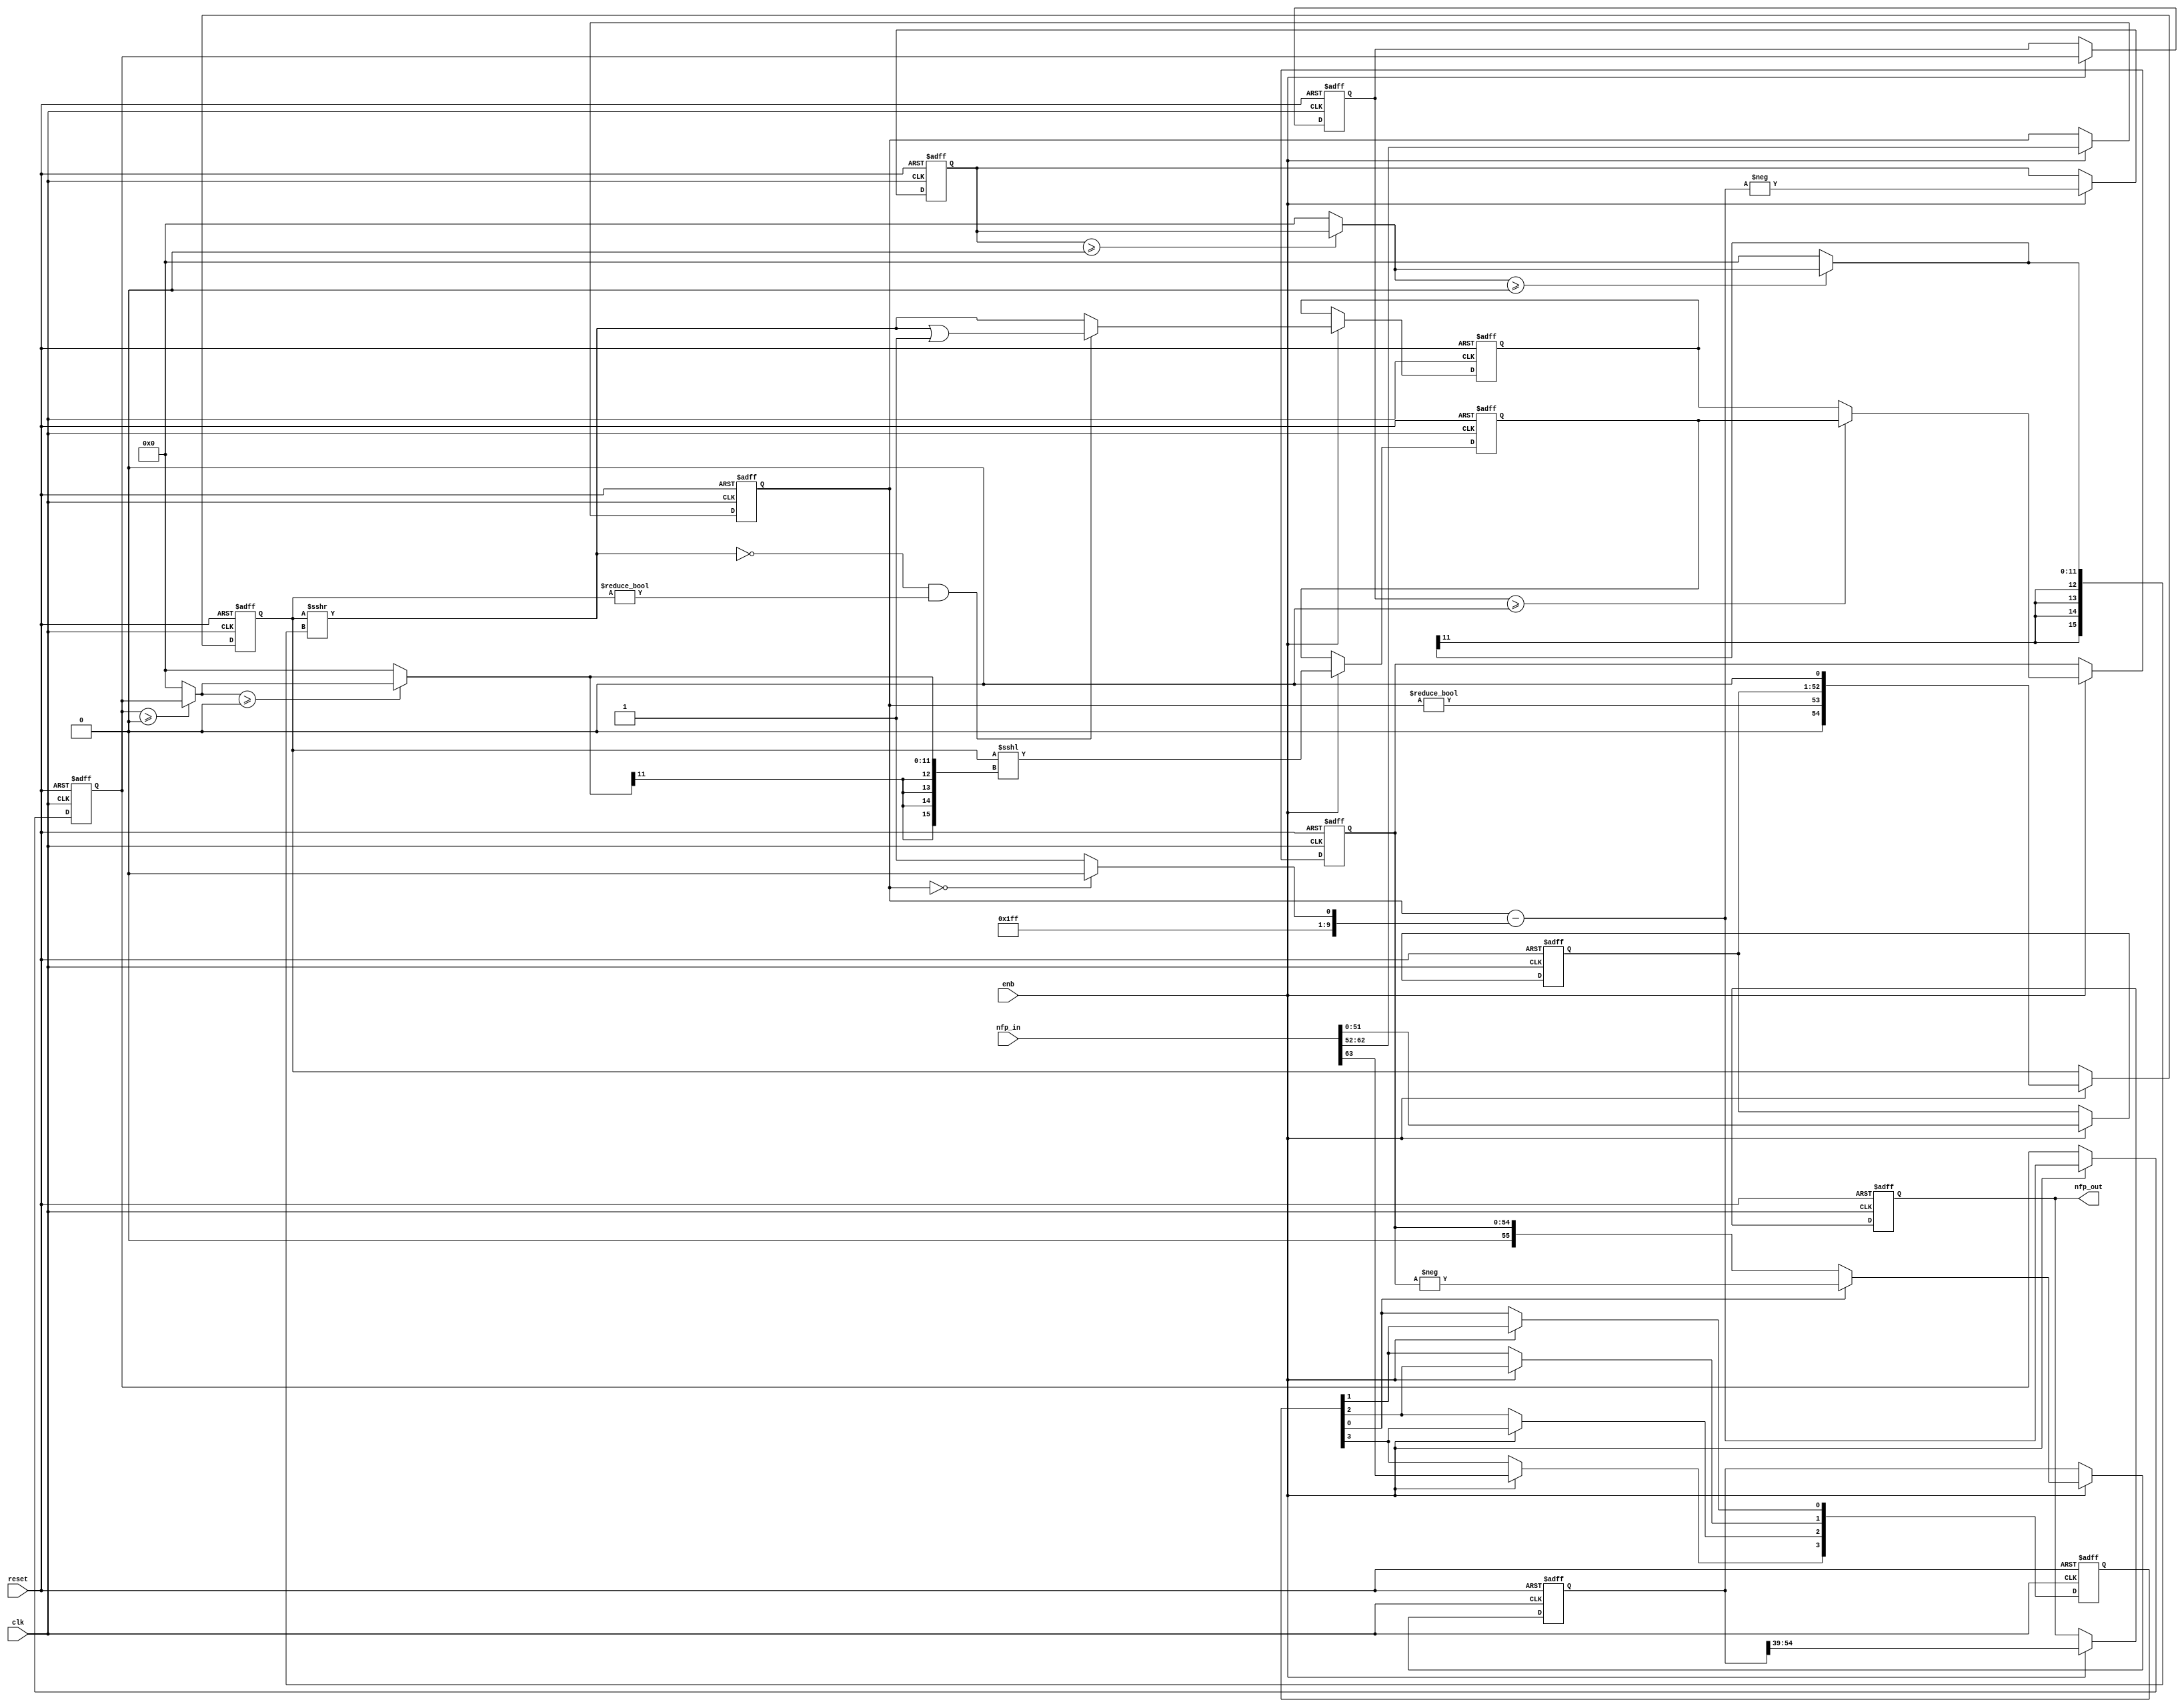
// -------------------------------------------------------------
// 
// 
// Generated by MATLAB 9.14 and HDL Coder 4.1
// 
// -------------------------------------------------------------


// -------------------------------------------------------------
// 
// Module: nfp_convert_double_to_fixed_16_En14
// Source Path: Tx_OFDM/Transmitter/QAM Modulator/QAM Buffer/nfp_convert_double_to_fixed_16_En14
// Hierarchy Level: 3
// 
// {Latency Strategy = "Max"}
// 
// {Rounding Mode = Floor}
// {Overflow Mode = Wrap}
// 
// -------------------------------------------------------------

`timescale 1 ns / 1 ns

module nfp_convert_double_to_fixed_16_En14
          (clk,
           reset,
           enb,
           nfp_in,
           nfp_out);


  input   clk;
  input   reset;
  input   enb;
  input   [63:0] nfp_in;  // ufix64
  output  signed [15:0] nfp_out;  // sfix16_En14


  wire In1;  // ufix1
  wire [10:0] In2;  // ufix11
  wire [51:0] In3;  // ufix52
  reg  [0:3] Delay8_reg;  // ufix1 [4]
  wire [0:3] Delay8_reg_next;  // ufix1 [4]
  wire Delay8_out1;  // ufix1
  reg [10:0] Delay3_out1;  // ufix11
  wire [15:0] Constant3_out1;  // uint16
  wire [15:0] Constant2_out1;  // uint16
  wire [15:0] Switch2_out1;  // uint16
  wire signed [11:0] Add_sub_cast;  // sfix12
  wire signed [11:0] Add_1;  // sfix12
  wire signed [11:0] alphave;  // sfix12
  reg signed [11:0] alphave_1;  // sfix12
  reg signed [11:0] alphave_2;  // sfix12
  wire switch_compare_1;
  wire Compare_To_Zero_out1;  // ufix1
  reg [51:0] Delay4_out1;  // ufix52
  wire [52:0] Bit_Concat_out1;  // ufix53
  wire [52:0] Data_Type_Conversion1_out1;  // ufix53_En52
  wire [54:0] Data_Type_Conversion1_out1_1;  // ufix55_En53
  reg [54:0] Data_Type_Conversion1_out1_2;  // ufix55_En53
  wire signed [12:0] Unary_Minus_in0;  // sfix13
  wire signed [12:0] Unary_Minus_1;  // sfix13
  wire signed [11:0] alphave_3;  // sfix12
  reg signed [11:0] Delay10_out1;  // sfix12
  wire signed [11:0] shift_arithmetic1_zerosig;  // sfix12
  wire signed [11:0] shift_arithmetic1_selsig;  // sfix12
  wire signed [11:0] shift_arithmetic1_zerosig_1;  // sfix12
  wire signed [11:0] shift_arithmetic1_selsig_1;  // sfix12
  wire signed [15:0] shift_arithmetic1_cast;  // int16
  wire [54:0] Shift_Arithmetic1_out1;  // ufix55_En53
  wire Compare_To_Zero1_out1;  // ufix1
  wire Compare_To_Zero_out1_1;  // ufix1
  wire Logical_Operator_out1;  // ufix1
  wire [54:0] Bit_Set_out1;  // ufix55_En53
  wire [54:0] Switch2_out1_1;  // ufix55_En53
  reg [54:0] Delay4_out1_1;  // ufix55_En53
  wire signed [11:0] shift_arithmetic2_zerosig;  // sfix12
  wire signed [11:0] shift_arithmetic2_selsig;  // sfix12
  wire signed [11:0] shift_arithmetic2_zerosig_1;  // sfix12
  wire signed [11:0] shift_arithmetic2_selsig_1;  // sfix12
  wire signed [15:0] shift_arithmetic2_cast;  // int16
  wire [54:0] Shift_Arithmetic2_out1;  // ufix55_En53
  reg [54:0] Delay6_out1;  // ufix55_En53
  wire [54:0] Switch1_out1;  // ufix55_En53
  reg [54:0] Delay2_out1;  // ufix55_En53
  wire signed [55:0] Data_Type_Conversion3_out1;  // sfix56_En53
  wire signed [56:0] Unary_Minus_cast;  // sfix57_En53
  wire signed [56:0] Unary_Minus_cast_1;  // sfix57_En53
  wire signed [55:0] Unary_Minus_out1;  // sfix56_En53
  wire signed [55:0] Switch1_out1_1;  // sfix56_En53
  reg signed [55:0] Delay1_out1;  // sfix56_En53
  wire signed [15:0] Data_Type_Conversion2_out1;  // sfix16_En14
  reg signed [15:0] Delay8_out1_1;  // sfix16_En14


  // Split 64 bit word into FP sign, exponent, mantissa
  assign In1 = nfp_in[63];
  assign In2 = nfp_in[62:52];
  assign In3 = nfp_in[51:0];



  always @(posedge clk or posedge reset)
    begin : Delay8_process
      if (reset == 1'b1) begin
        Delay8_reg[0] <= 1'b0;
        Delay8_reg[1] <= 1'b0;
        Delay8_reg[2] <= 1'b0;
        Delay8_reg[3] <= 1'b0;
      end
      else begin
        if (enb) begin
          Delay8_reg[0] <= Delay8_reg_next[0];
          Delay8_reg[1] <= Delay8_reg_next[1];
          Delay8_reg[2] <= Delay8_reg_next[2];
          Delay8_reg[3] <= Delay8_reg_next[3];
        end
      end
    end

  assign Delay8_out1 = Delay8_reg[3];
  assign Delay8_reg_next[0] = In1;
  assign Delay8_reg_next[1] = Delay8_reg[0];
  assign Delay8_reg_next[2] = Delay8_reg[1];
  assign Delay8_reg_next[3] = Delay8_reg[2];



  always @(posedge clk or posedge reset)
    begin : Delay3_process
      if (reset == 1'b1) begin
        Delay3_out1 <= 11'b00000000000;
      end
      else begin
        if (enb) begin
          Delay3_out1 <= In2;
        end
      end
    end



  assign Constant3_out1 = 16'b0000001111111110;



  assign Constant2_out1 = 16'b0000001111111111;



  assign Switch2_out1 = (Delay3_out1 == 11'b00000000000 ? Constant3_out1 :
              Constant2_out1);



  assign Add_sub_cast = $signed(Switch2_out1[11:0]);
  assign Add_1 = {1'b0, Delay3_out1};
  assign alphave = Add_1 - Add_sub_cast;



  always @(posedge clk or posedge reset)
    begin : reduced_process
      if (reset == 1'b1) begin
        alphave_1 <= 12'sb000000000000;
      end
      else begin
        if (enb) begin
          alphave_1 <= alphave;
        end
      end
    end



  always @(posedge clk or posedge reset)
    begin : reduced_1_process
      if (reset == 1'b1) begin
        alphave_2 <= 12'sb000000000000;
      end
      else begin
        if (enb) begin
          alphave_2 <= alphave_1;
        end
      end
    end



  assign switch_compare_1 = alphave_2 >= 12'sb000000000000;



  assign Compare_To_Zero_out1 = Delay3_out1 != 11'b00000000000;



  always @(posedge clk or posedge reset)
    begin : Delay4_process
      if (reset == 1'b1) begin
        Delay4_out1 <= 52'h0000000000000;
      end
      else begin
        if (enb) begin
          Delay4_out1 <= In3;
        end
      end
    end



  assign Bit_Concat_out1 = {Compare_To_Zero_out1, Delay4_out1};



  assign Data_Type_Conversion1_out1 = Bit_Concat_out1;



  assign Data_Type_Conversion1_out1_1 = {1'b0, {Data_Type_Conversion1_out1, 1'b0}};



  always @(posedge clk or posedge reset)
    begin : reduced_2_process
      if (reset == 1'b1) begin
        Data_Type_Conversion1_out1_2 <= 55'h00000000000000;
      end
      else begin
        if (enb) begin
          Data_Type_Conversion1_out1_2 <= Data_Type_Conversion1_out1_1;
        end
      end
    end



  assign Unary_Minus_1 = {alphave[11], alphave};
  assign Unary_Minus_in0 =  - (Unary_Minus_1);
  assign alphave_3 = Unary_Minus_in0[11:0];



  always @(posedge clk or posedge reset)
    begin : Delay10_process
      if (reset == 1'b1) begin
        Delay10_out1 <= 12'sb000000000000;
      end
      else begin
        if (enb) begin
          Delay10_out1 <= alphave_3;
        end
      end
    end



  assign shift_arithmetic1_zerosig = 12'sb000000000000;



  assign shift_arithmetic1_selsig = (Delay10_out1 >= shift_arithmetic1_zerosig ? Delay10_out1 :
              shift_arithmetic1_zerosig);



  assign shift_arithmetic1_zerosig_1 = 12'sb000000000000;



  assign shift_arithmetic1_selsig_1 = (shift_arithmetic1_selsig >= shift_arithmetic1_zerosig_1 ? shift_arithmetic1_selsig :
              shift_arithmetic1_zerosig_1);



  assign shift_arithmetic1_cast = {{4{shift_arithmetic1_selsig_1[11]}}, shift_arithmetic1_selsig_1};
  assign Shift_Arithmetic1_out1 = Data_Type_Conversion1_out1_2 >>> shift_arithmetic1_cast;



  assign Compare_To_Zero1_out1 = Shift_Arithmetic1_out1 == 55'h00000000000000;



  assign Compare_To_Zero_out1_1 = Data_Type_Conversion1_out1_2 != 55'h00000000000000;



  assign Logical_Operator_out1 = Compare_To_Zero1_out1 & Compare_To_Zero_out1_1;



  assign Bit_Set_out1 = Shift_Arithmetic1_out1 | 55'h00000000000001;



  assign Switch2_out1_1 = (Logical_Operator_out1 == 1'b0 ? Shift_Arithmetic1_out1 :
              Bit_Set_out1);



  always @(posedge clk or posedge reset)
    begin : Delay4_1_process
      if (reset == 1'b1) begin
        Delay4_out1_1 <= 55'h00000000000000;
      end
      else begin
        if (enb) begin
          Delay4_out1_1 <= Switch2_out1_1;
        end
      end
    end



  assign shift_arithmetic2_zerosig = 12'sb000000000000;



  assign shift_arithmetic2_selsig = (alphave_1 >= shift_arithmetic2_zerosig ? alphave_1 :
              shift_arithmetic2_zerosig);



  assign shift_arithmetic2_zerosig_1 = 12'sb000000000000;



  assign shift_arithmetic2_selsig_1 = (shift_arithmetic2_selsig >= shift_arithmetic2_zerosig_1 ? shift_arithmetic2_selsig :
              shift_arithmetic2_zerosig_1);



  assign shift_arithmetic2_cast = {{4{shift_arithmetic2_selsig_1[11]}}, shift_arithmetic2_selsig_1};
  assign Shift_Arithmetic2_out1 = Data_Type_Conversion1_out1_2 <<< shift_arithmetic2_cast;



  always @(posedge clk or posedge reset)
    begin : Delay6_process
      if (reset == 1'b1) begin
        Delay6_out1 <= 55'h00000000000000;
      end
      else begin
        if (enb) begin
          Delay6_out1 <= Shift_Arithmetic2_out1;
        end
      end
    end



  assign Switch1_out1 = (switch_compare_1 == 1'b0 ? Delay4_out1_1 :
              Delay6_out1);



  always @(posedge clk or posedge reset)
    begin : Delay2_process
      if (reset == 1'b1) begin
        Delay2_out1 <= 55'h00000000000000;
      end
      else begin
        if (enb) begin
          Delay2_out1 <= Switch1_out1;
        end
      end
    end



  assign Data_Type_Conversion3_out1 = {1'b0, Delay2_out1};



  assign Unary_Minus_cast = {Data_Type_Conversion3_out1[55], Data_Type_Conversion3_out1};
  assign Unary_Minus_cast_1 =  - (Unary_Minus_cast);
  assign Unary_Minus_out1 = Unary_Minus_cast_1[55:0];



  assign Switch1_out1_1 = (Delay8_out1 == 1'b0 ? Data_Type_Conversion3_out1 :
              Unary_Minus_out1);



  always @(posedge clk or posedge reset)
    begin : Delay1_process
      if (reset == 1'b1) begin
        Delay1_out1 <= 56'sh00000000000000;
      end
      else begin
        if (enb) begin
          Delay1_out1 <= Switch1_out1_1;
        end
      end
    end



  assign Data_Type_Conversion2_out1 = Delay1_out1[54:39];



  always @(posedge clk or posedge reset)
    begin : Delay8_1_process
      if (reset == 1'b1) begin
        Delay8_out1_1 <= 16'sb0000000000000000;
      end
      else begin
        if (enb) begin
          Delay8_out1_1 <= Data_Type_Conversion2_out1;
        end
      end
    end



  assign nfp_out = Delay8_out1_1;

endmodule  // nfp_convert_double_to_fixed_16_En14